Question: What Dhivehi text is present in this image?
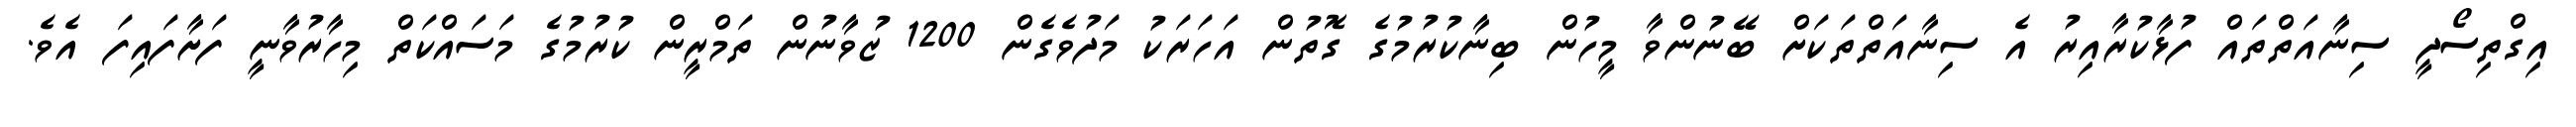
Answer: އިގްތިސޯދީ ސިނާއަތްތައް ފުޅާކުރާއިރު އެ ސިނާއަތްތަކަށް ބޭނުންވާ މީހުން ބިނާކުރުމުގެ ގޮތުން އަހަރަކު މަދުވެގެން 1200 ޒުވާނުން ތަމްރީން ކުރުމުގެ މަސައްކަތް މިހާރުވާނީ ފަށާފައިފަ އެވެ.